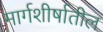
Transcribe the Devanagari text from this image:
मार्गशीर्षातील